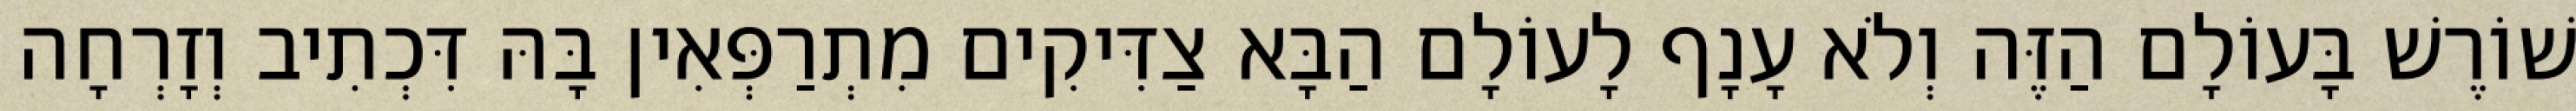
שׁוֹרֶשׁ בָּעוֹלָם הַזֶּה וְלֹא עָנָף לָעוֹלָם הַבָּא צַדִּיקִים מִתְרַפְּאִין בָּהּ דִּכְתִיב וְזָרְחָה